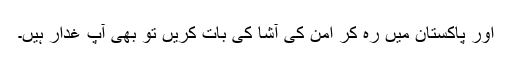
اور پاکستان میں رہ کر امن کی آشا کی بات کریں تو بھی آپ غدار ہیں۔